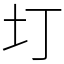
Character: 圢